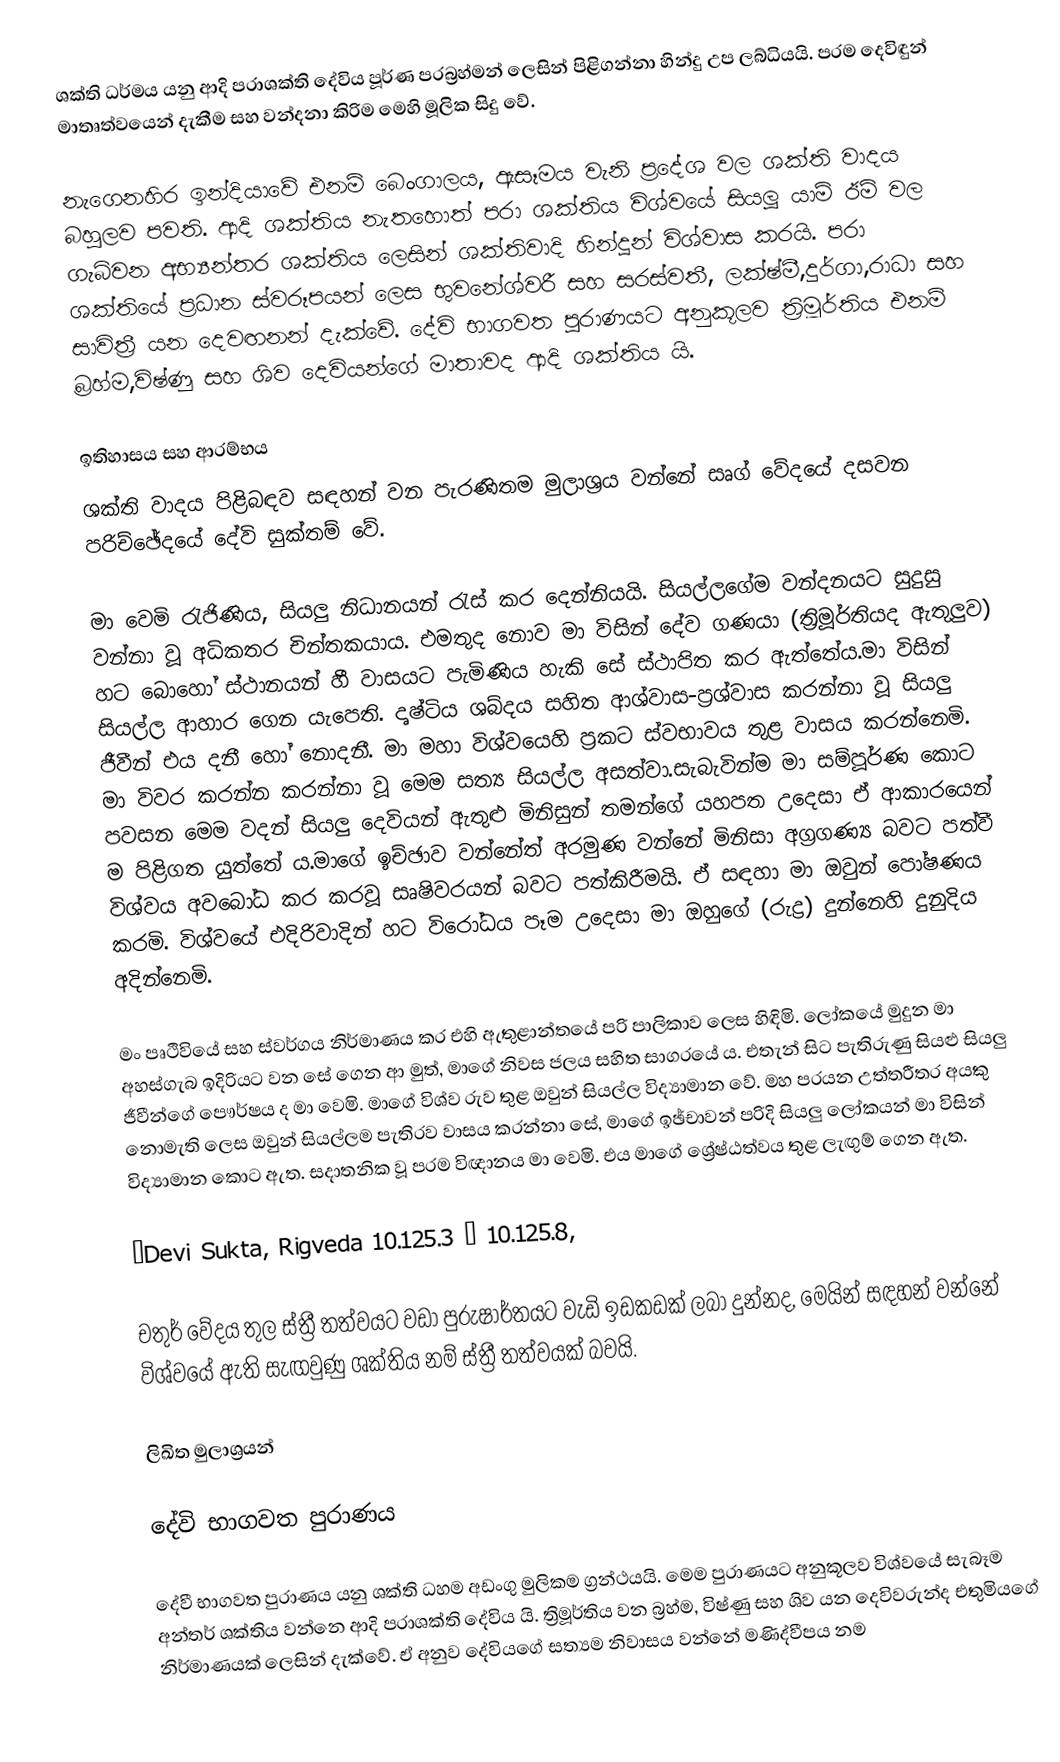
ශක්ති ධර්මය යනු ආදි පරාශක්ති දේවිය පූර්ණ පරබ්‍රහ්මන් ලෙසින් පිළිගන්නා හින්දු උප ලබ්ධියයි. පරම දෙවිඳුන් මාතෘත්වයෙන් දැකීම සහ වන්දනා කිරිම මෙහි මූලික සිදු වේ.

නැගෙනහිර ඉන්දියාවේ එනම් බෙංගාලය, ඇසෑමය වැනි ප්‍රදේශ වල ශක්ති වාදය බහුලව පවති. ආදි ශක්තිය නැතහොත් පරා ශක්තිය විශ්වයේ සියලූ යාම් ඊම් වල ගැබ්වන අභ්‍යන්තර ශක්තිය ලෙසින් ශක්තිවාදි හින්දූන් විශ්වාස කරයි. පරා ශක්තියේ ප්‍රධාන ස්වරූපයන් ලෙස භුවනේශ්වරී සහ සරස්වතී, ලක්ෂ්මී,දුර්ගා,රාධා සහ සාවිත්‍රී යන දෙවඟනන්  දැක්වේ. දේවි භාගවත පුරාණයට අනුකූලව ත්‍රිමූර්තිය එනම් බ්‍රහ්ම,විෂ්ණු සහ ශිව දෙවියන්ගේ මාතාවද ආදි ශක්තිය යි.

ඉතිහාසය සහ ආරම්භය
ශක්ති වාදය පිළිබඳව සඳහන් වන පැරණිතම මුලාශ්‍රය වන්නේ සෘග් වේදයේ දසවන පරිච්ඡේදයේ දේවි සුක්තම් වේ.

මා වෙමි රැජිණිය, සියලු නිධානයන් රැස් කර දෙන්නියයි. සියල්ලගේම වන්දනයට සුදුසු වන්නා වූ අධිකතර චින්තකයාය. එමතුද නොව මා විසින් දේව ගණයා (ත්‍රිමූර්තියද ඇතුලුව) හට බොහෝ ස්ථානයන් හී වාසයට පැමිණිය හැකි සේ ස්ථාපිත කර ඇත්තේය.මා විසින් සියල්ල ආහාර ගෙන යැපෙති. දෘෂ්ටිය ශබ්දය සහිත ආශ්වාස-ප්‍රශ්වාස කරන්නා වූ සියලු ජීවීන් එය දනී හෝ නොදනී. මා මහා විශ්වයෙහි ප්‍රකට ස්වභාවය තුළ වාසය කරන්නෙමි. මා විවර කරන්න කරන්නා වූ මෙම සත්‍ය සියල්ල අසත්වා.සැබැවින්ම මා  සම්පූර්ණ කොට පවසන මෙම වදන් සියලු දෙවියන් ඇතුළු මිනිසුන් තමන්ගේ යහපත උදෙසා ඒ ආකාරයෙන් ම පිළිගත යුත්තේ ය.මාගේ ඉච්ඡාව වන්නේත් අරමුණ වන්නේ මිනිසා අග්‍රගණ්‍ය බවට පත්වී විශ්වය අවබෝධ කර කරවූ සෘෂිවරයන් බවට පත්කිරීමයි. ඒ සඳහා මා ඔවුන් පෝෂණය කරමි. විශ්වයේ එදිරිවාදින් හට විරෝධය පෑම උදෙසා මා ඔහුගේ (රුද්‍ර) දුන්නෙහි දුනුදිය අදින්නෙමි.

මං පෘථිවියේ සහ ස්වර්ගය නිර්මාණය කර එහි ඇතුළාන්තයේ පරි පාලිකාව ලෙස හිඳිමි. ලෝකයේ මුදුන මා අහස්ගැබ ඉදිරියට වන සේ ගෙන ආ මුත්, මාගේ නිවස ජලය සහිත සාගරයේ ය. එතැන් සිට පැතිරුණු සියළු සියලු ජීවීන්ගේ පෞර්ෂය ද මා වෙමි. මාගේ විශ්ව රුව තුළ ඔවුන් සියල්ල විද්‍යාමාන වේ. මහ පරයන උත්තරීතර අයකු නොමැති ලෙස ඔවුන් සියල්ලම පැතිරව වාසය කරන්නා සේ, මාගේ ඉඡ්චාවන් පරිදි සියලු ලෝකයන් මා විසින් විද්‍යාමාන කොට ඇත. සදාතනික වූ පරම විඥානය මා වෙමි. එය මාගේ ශ්‍රේෂ්ඨත්වය තුළ ලැඟුම් ගෙන ඇත.

–Devi Sukta, Rigveda 10.125.3 – 10.125.8,

චතුර් වේදය තුල ස්ත්‍රී තත්වයට වඩා පුරුෂාර්තයට වැඩි ඉඩකඩක් ලබා දුන්නද, මෙයින් සඳහන් වන්නේ විශ්වයේ ඇති සැඟවුණු ශක්තිය නම් ස්ත්‍රී තත්වයක් බවයි.

ලිඛිත මුලාශ්‍රයන්

දේවි භාගවත පුරාණය

දේවී භාගවත පුරාණය යනු ශක්ති ධහම අඩංගු මුලිකම ග්‍රන්ථයයි. මෙම පුරාණයට අනුකූලව විශ්වයේ සැබෑම අන්තර් ශක්තිය වන්නෙ ආදි පරාශක්ති දේවිය යි. ත්‍රිමූර්තිය වන බ්‍රහ්ම, විෂ්ණු සහ ශිව යන දෙවිවරුන්ද එතුමියගේ නිර්මාණයක් ලෙසින් දැක්වේ. ඒ අනුව දේවියගේ සත්‍යම නිවාසය වන්නේ මණිද්වීපය නම